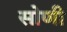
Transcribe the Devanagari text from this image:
सोणी